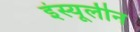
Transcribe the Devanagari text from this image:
इंस्यूलीन